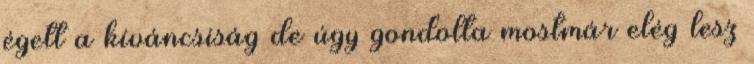
égett a kíváncsiság de úgy gondolta mostmár elég lesz